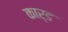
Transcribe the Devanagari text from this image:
कार्ड